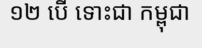
១២ បើ ទោះជា កម្ពុជា